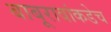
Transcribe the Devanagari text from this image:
बाबूरावांकडेच